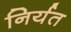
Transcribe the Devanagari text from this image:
निर्यत